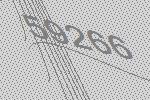
59266